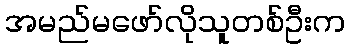
အမည်မဖော်လိုသူတစ်ဦးက